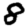
Digit: 8